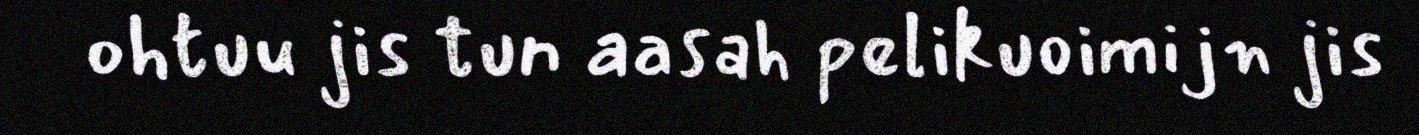
ohtuu jis tun aasah pelikuoimijn jis